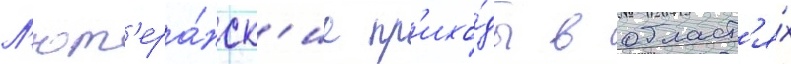
Л'ют'ера́нск'ие пр'ихо́ды в област'я́х